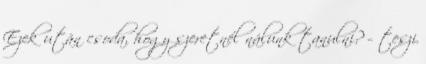
Ezek után csoda, hogy szeretnél nálunk tanulni? – teszi